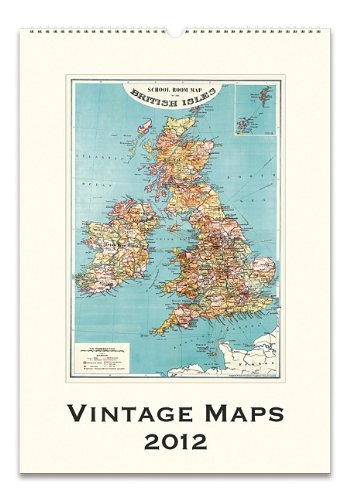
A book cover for Vintage Maps; Calendars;